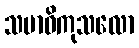
သမာဓိကုသလော